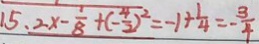
1 5 . 2 x - \frac { 1 } { 8 } + ( - \frac { 4 } { 2 } ) ^ { 2 } = - 1 + \frac { 1 } { 4 } = - \frac { 3 } { 4 }